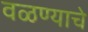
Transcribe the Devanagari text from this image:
वळण्याचे